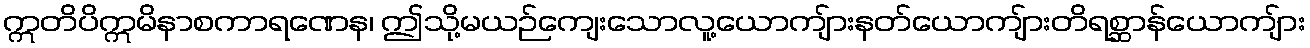
ဣတိပိဣမိနာစကာရဏေန၊ ဤသို့မယဉ်ကျေးသောလူ့ယောကျ်ားနတ်ယောကျ်ားတိရစ္ဆာန်ယောကျ်ား